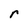
Character: r